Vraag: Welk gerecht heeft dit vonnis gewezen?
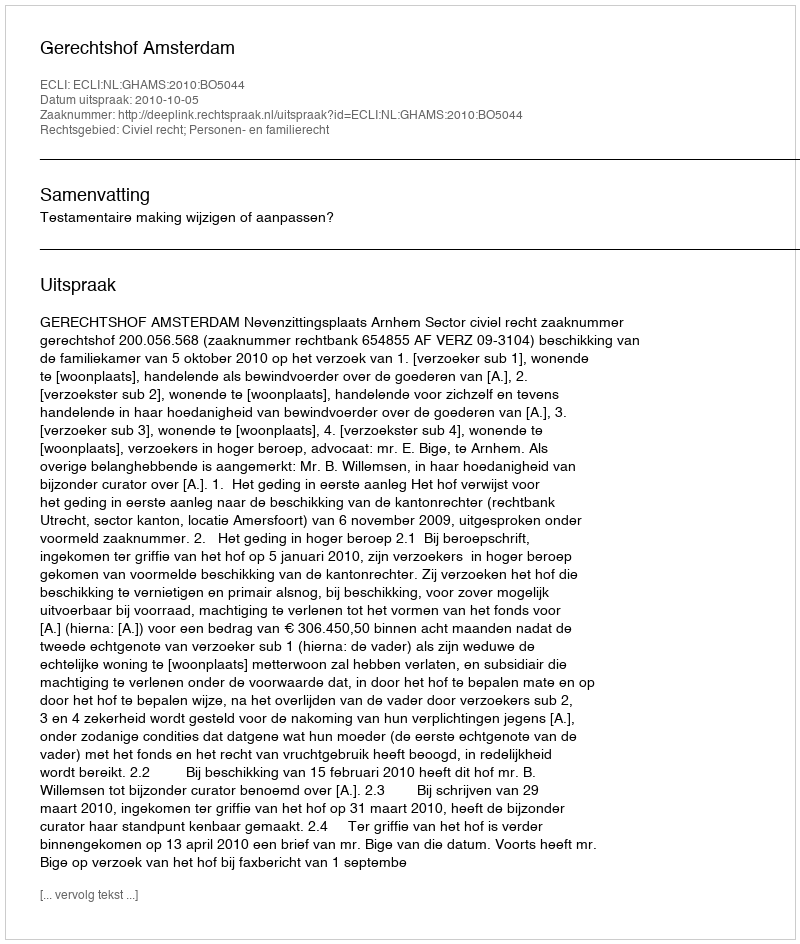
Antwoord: Gerechtshof Amsterdam